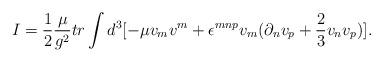
LaTeX: \begin{align*}I = \frac{1}{2}\frac{\mu}{g^{2}} tr\int d^{3} [-\mu v_{m}v^{m} + \epsilon^{mnp}v_{m} (\partial_{n}v_{p} + \frac{2}{3}v_{n}v_{p})] .\end{align*}